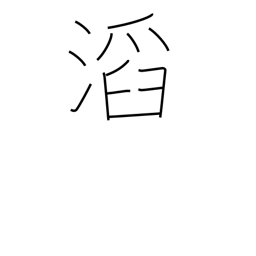
Meaning: overflowing